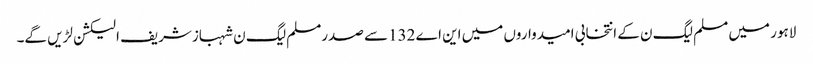
لاہور میں مسلم لیگ ن کے انتخابی امیدواروں میں این اے 132سے صدرمسلم لیگ ن شہبازشریف الیکشن لڑیں گے۔